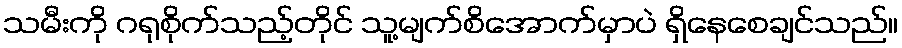
သမီးကို ဂရုစိုက်သည့်တိုင် သူ့မျက်စိအောက်မှာပဲ ရှိနေစေချင်သည်။